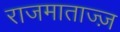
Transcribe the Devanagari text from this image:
राजमाताज्ज़